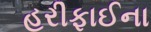
હરીફાઈના